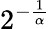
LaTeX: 2^{-{\frac{1}{\alpha}}}